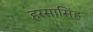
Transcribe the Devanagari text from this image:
हरसासिंह